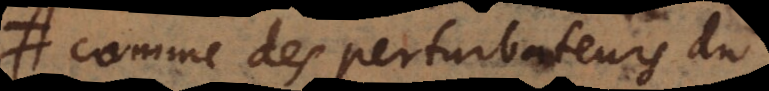
comme des perturbateurs du